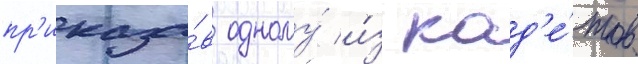
пр'иказа́в одному́ и́з кад'е́тов